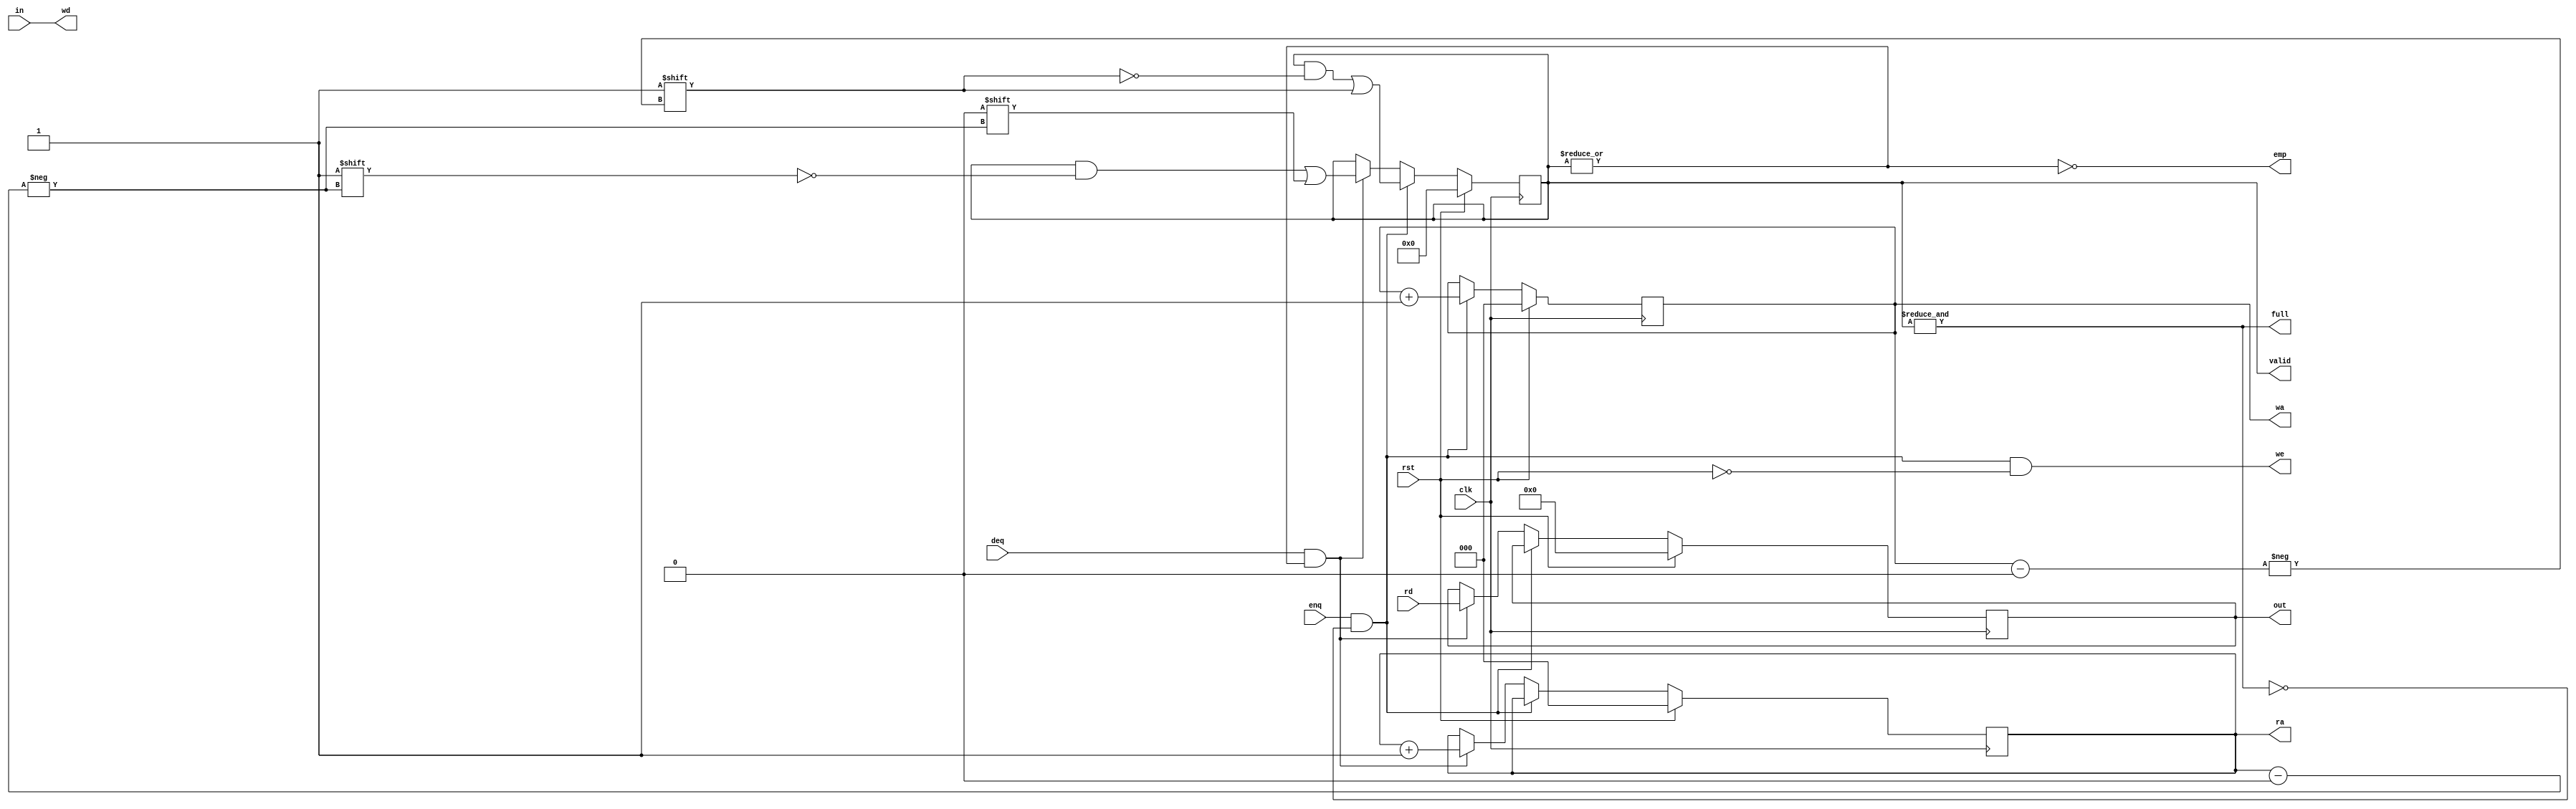
module list_control_unit(
    input clk,         
    input rst,  //
    input [3:0] in,
    input enq,  //
    input deq,  //
    input [3:0]  rd,        
    output full,
    output emp,         
    output reg [3:0] out,  //
    output [2:0] ra,       
    output we,          
    output [2:0] wa,          
    output [3:0]  wd,          
    output reg [7:0] valid
);
    reg [2:0] head;  //
    reg [2:0] tail;  //

    assign full = &valid;
    assign emp = ~(|valid);

    assign ra = head;
    assign we = enq & ~full & ~rst;
    assign wa = tail;
    assign wd = in; 
    
    always @(posedge clk) begin
        if (rst) begin
            valid <= 8'h00;
            head <= 3'h0;
            tail <= 3'h0;
            out <= 3'h0;
        end
        else if(enq & ~full) begin
            valid[tail] <= 1'b1;
            tail <= tail + 3'h1;
        end
        else if(deq & ~emp) begin
            valid[head] <= 1'b0;
            head <= head + 3'h1;
            out <= rd;
        end
    end
endmodule